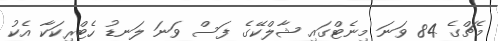
މެޗްގެ 84 ވަނަ މިނެޓްގައި ޝާލްކޭގެ ފަސް ވަނަ ލަނޑު ހެޓްރިކަކާ އެކު